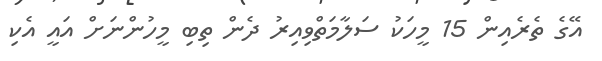
އޭގެ ތެރެއިން 15 މީހަކު ސަލާމަތްވިއިރު ދެން ތިބި މީހުންނަށް އައީ އެކި